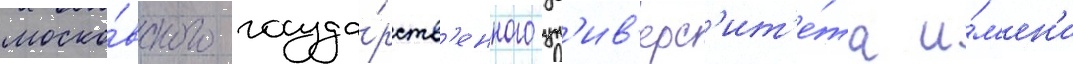
моско́вского госуда́рств'енного ун'ив'ерс'ит'е́та и́м'ен'и